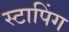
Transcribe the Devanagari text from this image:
स्टापिंग